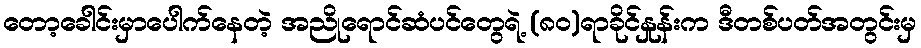
တော့ခေါင်းမှာပေါက်နေတဲ့ အညိုရောင်ဆံပင်တွေရဲ့ (၈၀)ရာခိုင်နှုန်းက ဒီတစ်ပတ်အတွင်းမှ